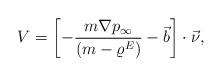
LaTeX: \begin{align*} V = \left[ -\frac{m \nabla p_{\infty}}{ (m- \varrho^E)} - \vec{b} \right] \cdot \vec{\nu}, \end{align*}